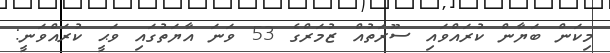
މިކަން ބަޔާން ކުރައްވައި ސޫރަތުއް ޒުމަރްގެ 53 ވަނަ އާޔަތުގައި ވަޙީ ކުރައްވަނީ: